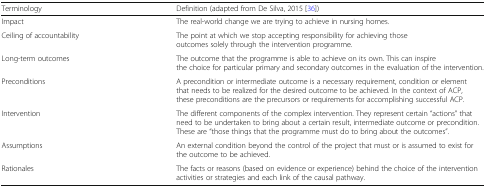
<table><thead><tr><td><b>Terminology</b></td><td><b>Definition (adapted from De Silva, 2015 [36])</b></td></tr></thead><tbody><tr><td>Impact</td><td>The real-world change we are trying to achieve in nursing homes.</td></tr><tr><td>Ceiling of accountability</td><td>The point at which we stop accepting responsibility for achieving those outcomes solely through the intervention programme.</td></tr><tr><td>Long-term outcomes</td><td>The outcome that the programme is able to achieve on its own. This can inspire the choice for particular primary and secondary outcomes in the evaluation of the intervention.</td></tr><tr><td>Preconditions</td><td>A precondition or intermediate outcome is a necessary requirement, condition or element that needs to be realized for the desired outcome to be achieved. In the context of ACP, these preconditions are the precursors or requirements for accomplishing successful ACP.</td></tr><tr><td>Intervention</td><td>The different components of the complex intervention. They represent certain “actions” that need to be undertaken to bring about a certain result, intermediate outcome or precondition. These are “those things that the programme must do to bring about the outcomes”.</td></tr><tr><td>Assumptions</td><td>An external condition beyond the control of the project that must or is assumed to exist for the outcome to be achieved.</td></tr><tr><td>Rationales</td><td>The facts or reasons (based on evidence or experience) behind the choice of the intervention activities or strategies and each link of the causal pathway.</td></tr></tbody></table>